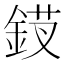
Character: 𬫗